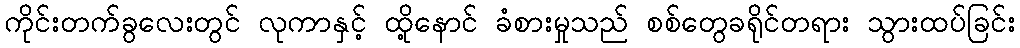
ကိုင်းတက်ခွလေးတွင် လုကာနှင့် ထို့နောင် ခံစားမှုသည် စစ်တွေခရိုင်တရား သွားထပ်ခြင်း